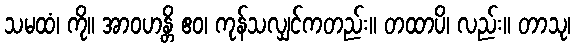
သမထံ၊ ကို။ အာဝဟန္တိ ဧဝ၊ ကုန်သလျှင်ကတည်း။ တထာပိ၊ လည်း။ တာသု၊